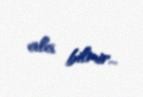
ala bilmir...